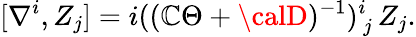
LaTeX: [\nabla^{i},Z_{j}]=i(({\cal\mathbb{C}}\Theta+{\calD})^{-1})_{\, j}^{i}\, Z_{j}.